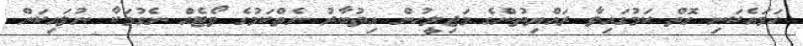
ހަމައެކަނި ގޮތް ކަމުގައިވާ ރައްޔިތުންގެ މަޖިލީހުން އިތުބާރު ނެތްކަމުގެ ވޯޓެއް ނެގުމަކާ ނުލައިކަން